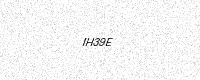
Text: IH39E